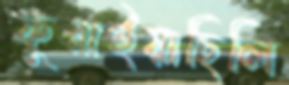
ফুস্‌লাইয়াছিলি